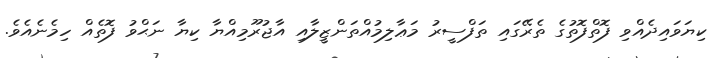
ކިޔަވައިދެއްވި ފޮތްފޮތުގެ ތެރޭގައި ތަފްސީރު މަޢާލިމުއްތަންޒީލާއި އާޖުރޫމިއްޔާ ކިޔާ ނަޙްވު ފޮތެއް ހިމެނެއެވެ.